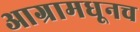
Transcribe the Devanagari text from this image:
आग्रामधूनच